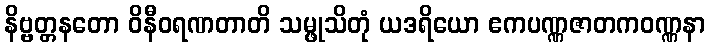
နိဗ္ဗတ္တနတော ဝိနီဝရဏတာတိ သမ္ဖုသိတုံ ယဒရိယော ဧကပဏ္ဏဇာတကဝဏ္ဏနာ